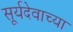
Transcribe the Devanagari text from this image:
सूर्यदेवाच्या